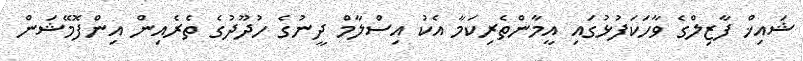
ޝައިޚް ފާޒިލްގެ ވާހަކަފުޅުގައި އީމާންތެރިކަމާ އެކު އިސްލާމް ދީނުގެ ހުދޫދުގެ ތެރެއިން އިންފޮމޭޝަން